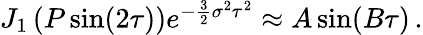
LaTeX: \begin{array}{r}{J_{1}\left(P\sin(2\tau)\right)e^{-\frac{3}{2}\sigma^{2}\tau^{2}}\approx A\sin(B\tau)\, .}\end{array}